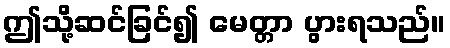
ဤသို့ဆင်ခြင်၍ မေတ္တာ ပွားရသည်။